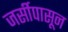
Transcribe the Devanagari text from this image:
जर्सीपासून